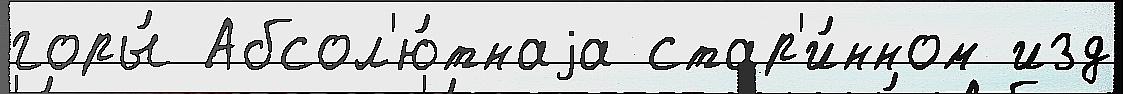
горы́ Абсол'ю́тнаjа стар'и́нном изд